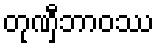
တုဏှီဘာဝဿ